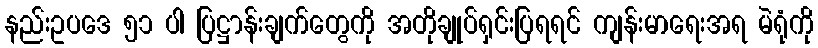
နည်းဥပဒေ ၅၁ ပါ ပြဋ္ဌာန်းချက်တွေကို အတိုချုပ်ရှင်းပြရရင် ကျန်းမာရေးအရ မဲရုံကို